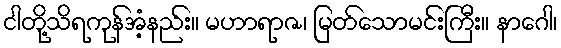
ငါတို့သိရကုန်အံ့နည်း။ မဟာရာဇ၊ မြတ်သောမင်းကြီး။ နာဂေါ၊